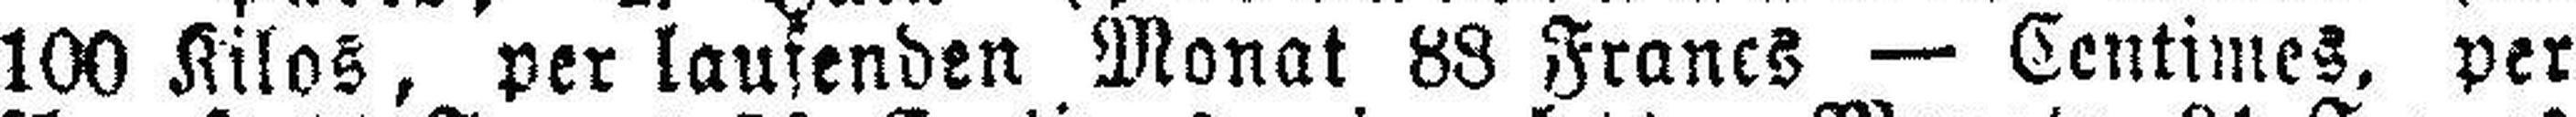
100 Kilos, per lausenden Monat 88 Francs — Centimes, per